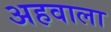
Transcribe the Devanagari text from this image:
अहवाला